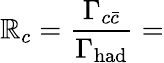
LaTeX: \mathbb{R}_{c}={\frac{{\Gamma_{c\bar{{c}}}}}{{\Gamma_{\mathrm{{had}}}}}}=